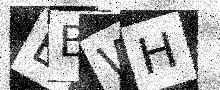
Text: EBWH